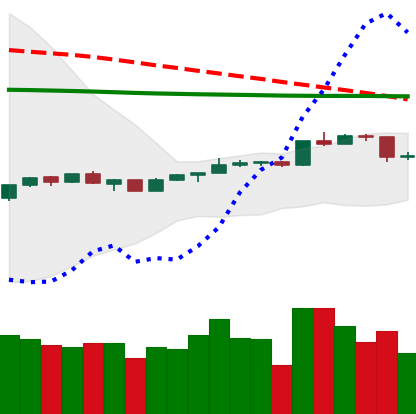
Ticker: ADA-USD
Chart end date: 2020-04-11
Forward return: 3.16%
Label: up_3_5